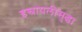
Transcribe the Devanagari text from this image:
इस्रायलीसुद्धा